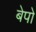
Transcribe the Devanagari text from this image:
बेपो